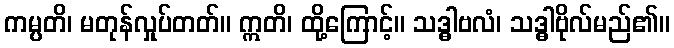
ကမ္ပတိ၊ မတုန်လှုပ်တတ်။ ဣတိ၊ ထို့ကြောင့်။ သဒ္ဓါဗလံ၊ သဒ္ဓါဗိုလ်မည်၏။